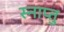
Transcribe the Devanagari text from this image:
स्नाप्तु